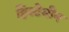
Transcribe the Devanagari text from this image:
हिस्टेमीन